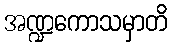
အဏ္ဍကောသမှာတိ